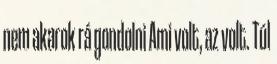
nem akarok rá gondolni Ami volt, az volt. Túl